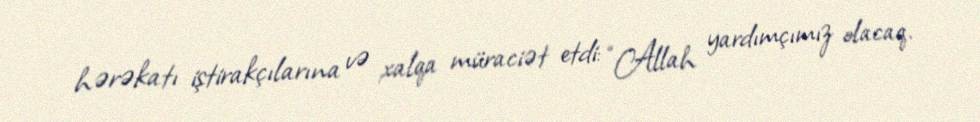
hərəkatı iştirakçılarına və xalqa müraciət etdi: “Allah yardımçımız olacaq.